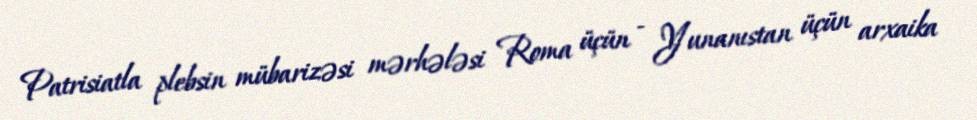
Patrisiatla plebsin mübarizəsi mərhələsi Roma üçün - Yunanıstan üçün arxaika